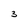
Character: 3